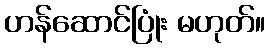
ဟန်ဆောင်ပြုံး မဟုတ်။